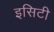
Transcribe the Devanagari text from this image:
इसिटी